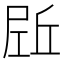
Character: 𡲌